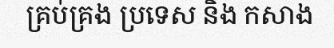
គ្រប់គ្រង ប្រទេស និង កសាង